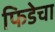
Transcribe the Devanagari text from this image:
फिडेचा